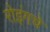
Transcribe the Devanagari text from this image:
रोइंगचे